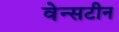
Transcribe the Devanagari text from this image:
वेन्सटीन